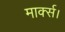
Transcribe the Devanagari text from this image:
मार्क्स।